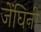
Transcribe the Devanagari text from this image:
जेंघिनी